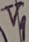
Text: V1